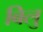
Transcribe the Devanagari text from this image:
बिलु